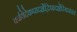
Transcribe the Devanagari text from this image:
वर्जयेदेकपादर्क्षेद्विपादर्क्षेस्थिसंचयं